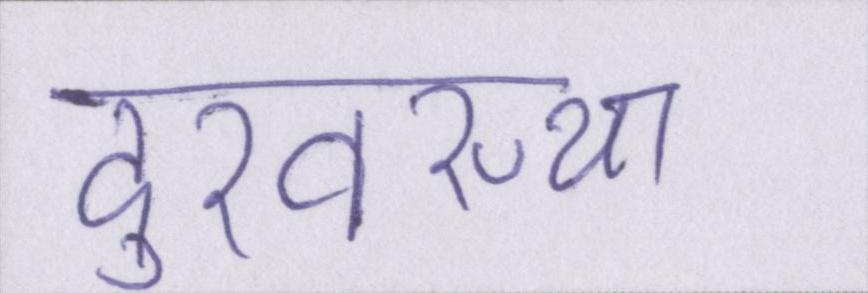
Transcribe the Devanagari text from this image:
दुरवस्था